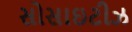
સોસાઇટીઝ